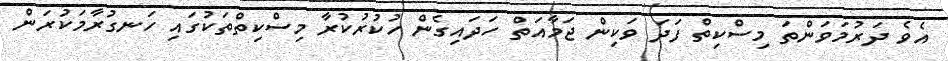
އެވެ ދަރުމަވަންތަ މިސްކިތް ފަދަ ވަކިން ޖަމާއަތް ހަދައިގެން ހުކުރުކުރާ މިސްކިތްތަކުގައި ހަނގުރާމަކުރަން